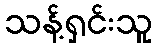
သန့်ရှင်းသူ